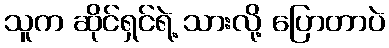
သူက ဆိုင်ရှင်ရဲ့ သားလို့ ပြောတာပဲ